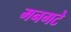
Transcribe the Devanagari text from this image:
मनगटे